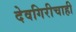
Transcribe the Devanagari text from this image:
देवगिरीचाही